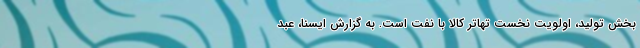
بخش تولید، اولویت نخست تهاتر کالا با نفت است. به گزارش ایسنا، عبد